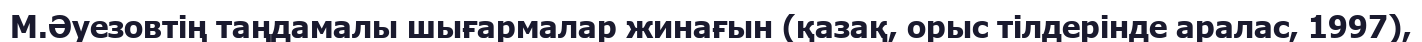
М.Әуезовтің таңдамалы шығармалар жинағын (қазақ, орыс тілдерінде аралас, 1997),